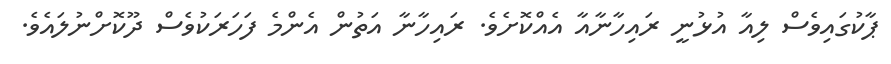
ޕާކުގައިވެސް ލިއާ އުޅުނީ ރައިހާނާއާ އެއްކޮށެވެ. ރައިހާނާ އަތުން އެންމެ ފަހަރަކުވެސް ދޫކޮށްނުލައެވެ.